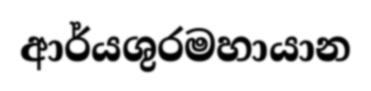
ආර්යශුරමහායාන